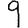
Digit: 9